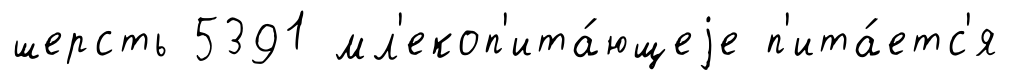
шерсть 5391 мл'екоп'ита́ющеjе п'ита́етс'я